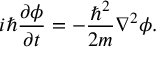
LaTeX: i \hbar { \frac { \partial \phi } { \partial t } } = - { \frac { \hbar ^ { 2 } } { 2 m } } \nabla ^ { 2 } \phi .